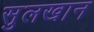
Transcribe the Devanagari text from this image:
सुलखान